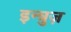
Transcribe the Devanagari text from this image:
इन्त्रुज़